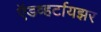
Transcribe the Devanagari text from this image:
ऍडव्हर्टायझर